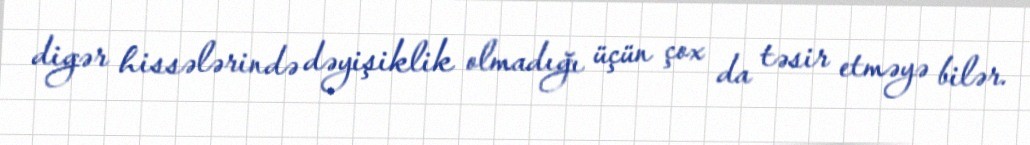
digər hissələrində dəyişiklik olmadığı üçün çox da təsir etməyə bilər.